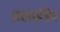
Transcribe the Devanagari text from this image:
फ़्लाईट्रैप